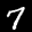
Label: 7